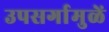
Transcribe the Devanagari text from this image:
उपसर्गामुळें